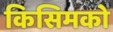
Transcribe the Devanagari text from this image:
किसिमको